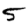
Digit: 5